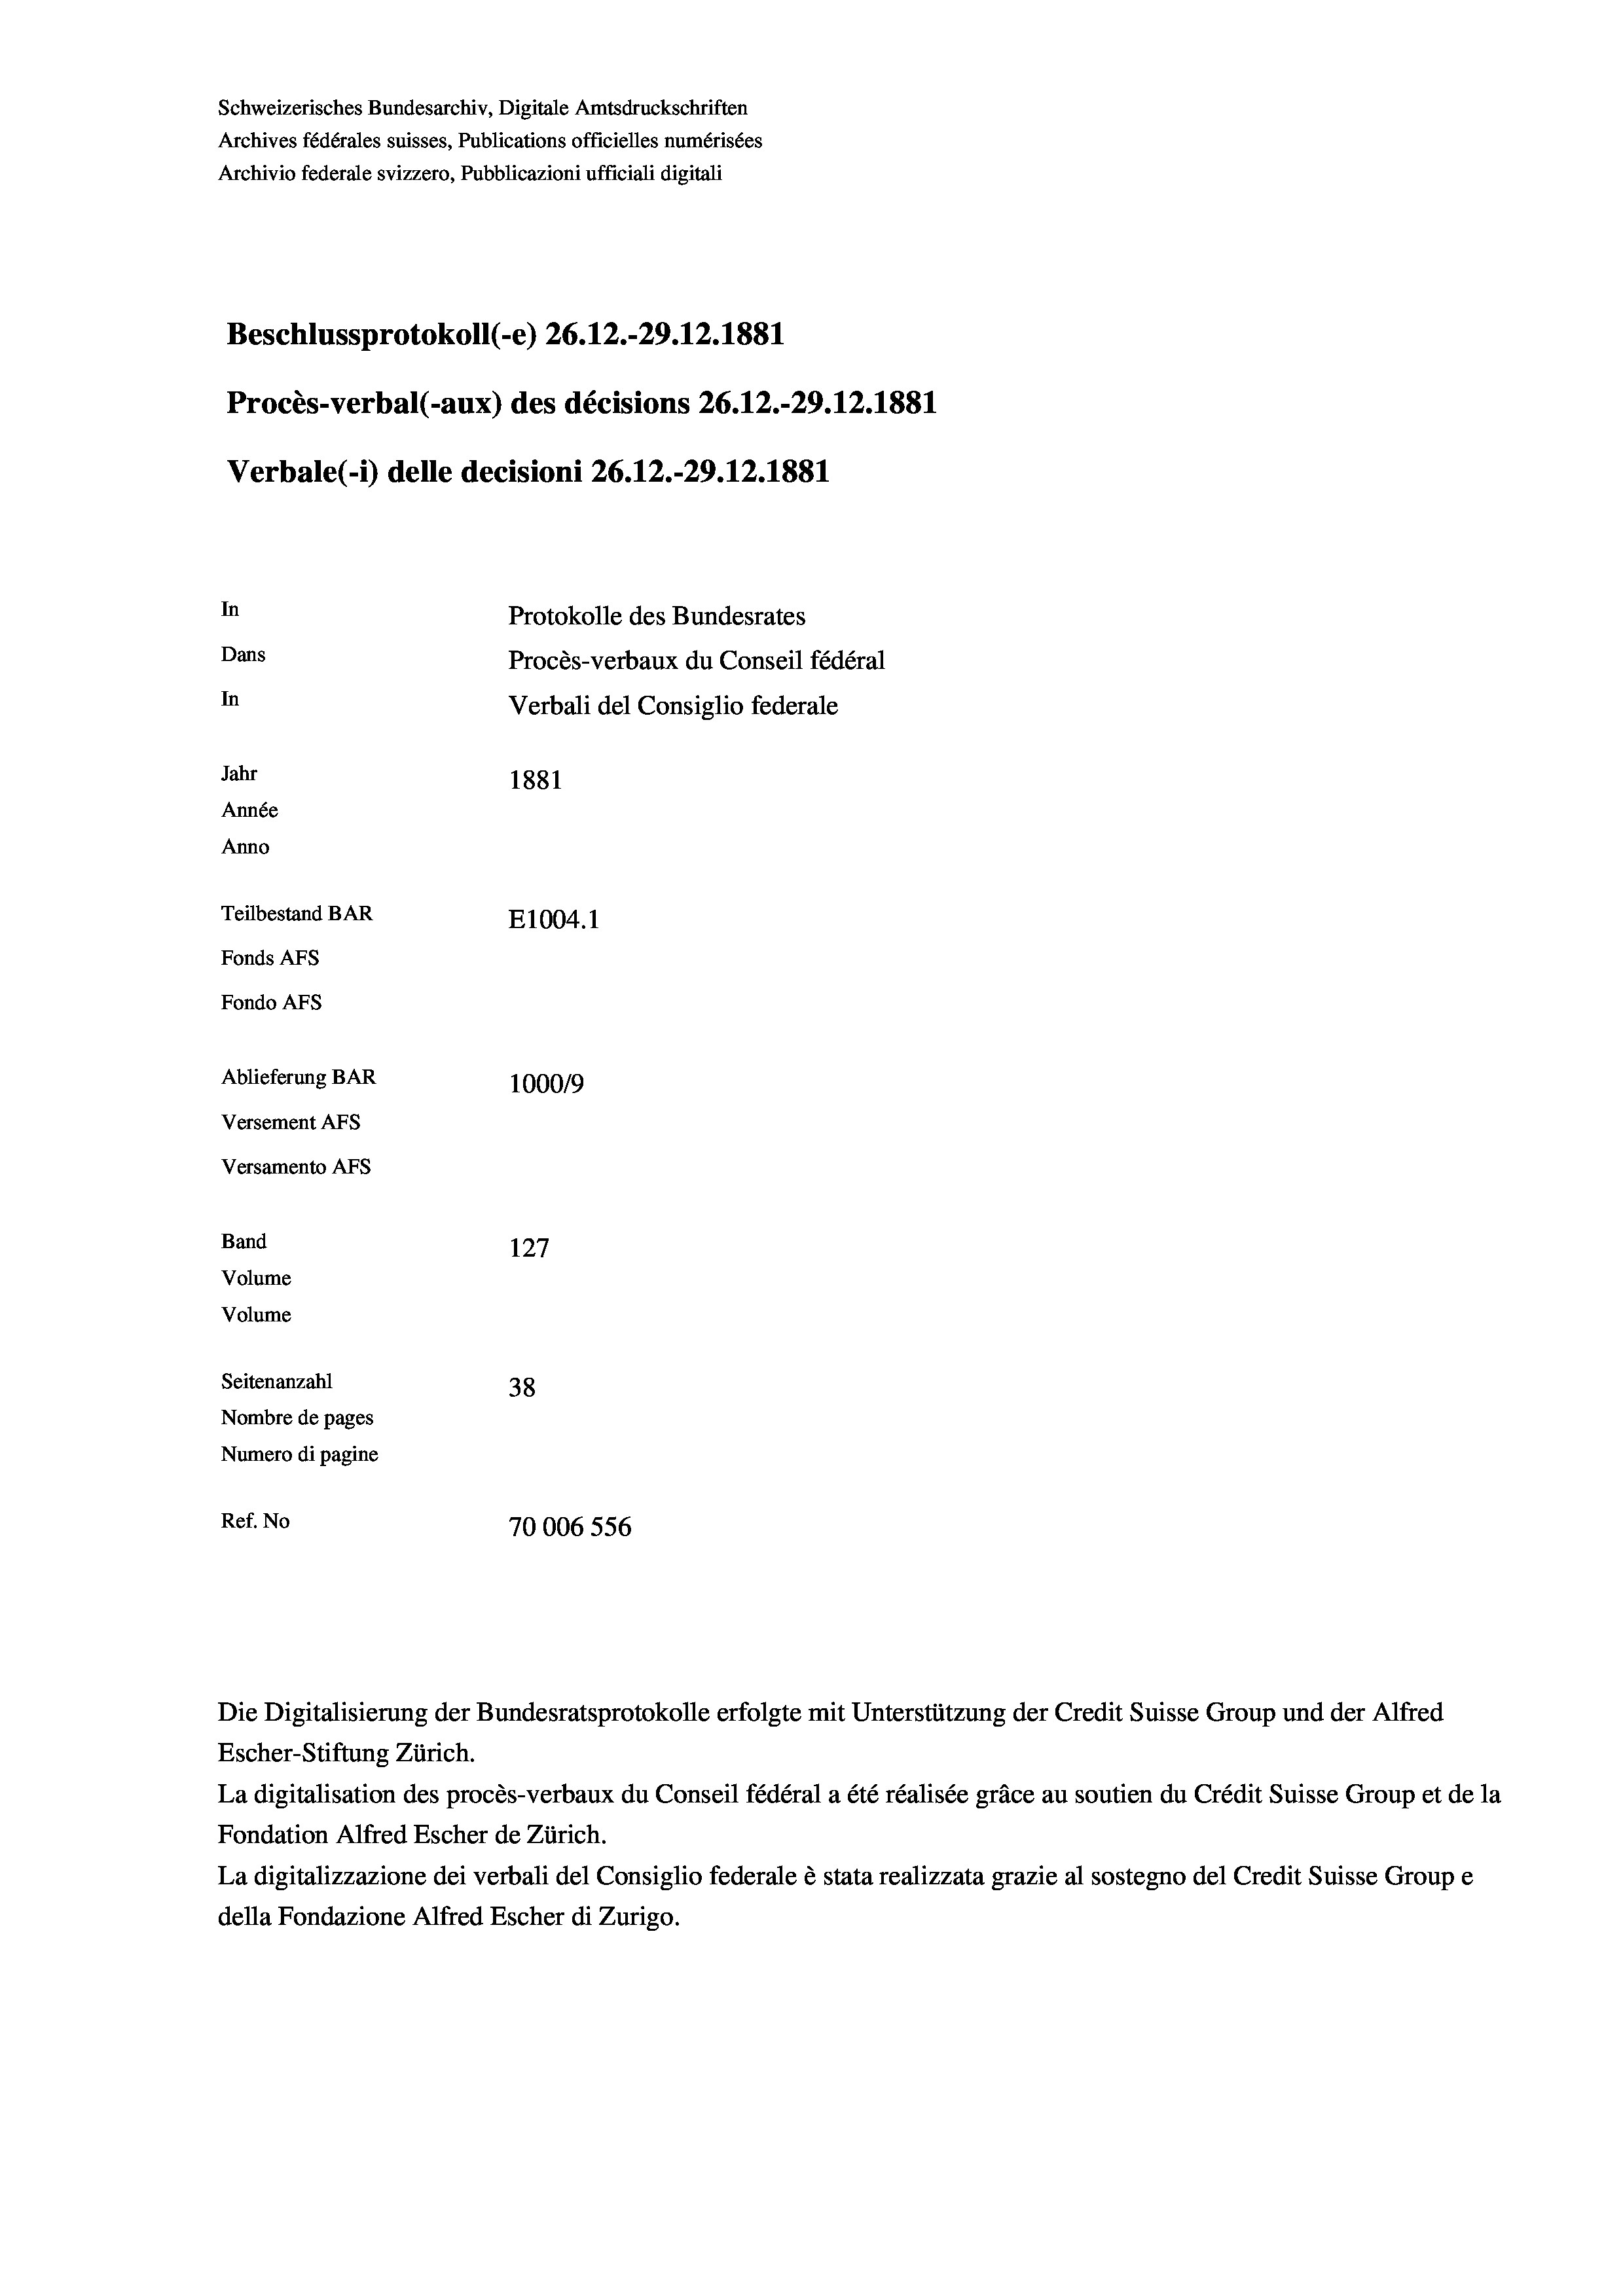
Schweizerisches Bundesarchiv, Digitale Amtsdruckschriften
Archives fédérales suisses, Publications officielles numérisées
Archivio federale svizzero, Pubblicazioni ufficiali digitali
Beschlussprotokoll (-e) 26.12.-29.12.1881
Procès-verbal (-aux) des décisions 26.12.-29.12.1881
Verbale(-*) delle decisioni 26.12.-29.12.1881
In
Protokolle des Bundesrates
Dans
Procès-verbaux du Conseil fédéral
In
Verbali del Consiglio federale
Jahr
1881
Année
Anno
Teilbestand BAR
E1004. 1
Fonds AFs
Fondo AFS
Ablieferung BAR
100019
Versement AFs
Versamento AFs
Band
127
Volume
Volume
Seitenanzahl
38
Nombre de pages
Numero di pagine
Ref. No
70006 556

Die Digitalisierung der Bundesratsprotokolle erfolgte mit Unterstützung der Credit Suisse Group und der Alfred
Escher-Stiftung Zürich.
La digitalisation des procès-verbaux du Conseil fédéral a été réalisée gräce au soutien du Crédit Suisse Group et de la
Fondation Alfred Escher de Zürich.
La digitalizzazione dei verbali del Consiglio federale è stata realizzata grazie al sostegno del Credit Suisse Groupe
della Fondazione Alfred Escher di Zurigo.